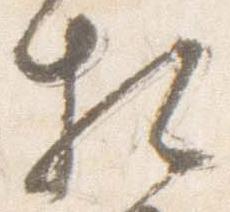
相